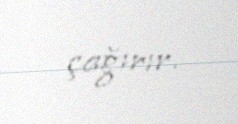
çağırır.